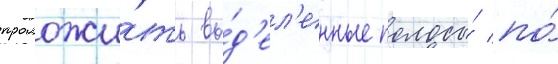
проложи́ть вы́д'ел'енные полосы́ по́